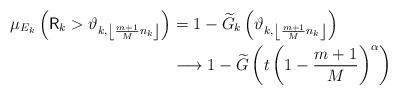
LaTeX: \begin{align*}\mu_{E_{k}}\left( \mathsf{R}_{k}>\vartheta_{k,\left\lfloor \frac{m+1}{M}n_{k}\right\rfloor }\right) & =1-\widetilde{G}_{k}\left( \vartheta_{k,\left\lfloor \frac{m+1}{M}n_{k}\right\rfloor }\right) \\& \longrightarrow1-\widetilde{G}\left( t\left( 1-\frac{m+1}{M}\right)^{\alpha}\right) \end{align*}